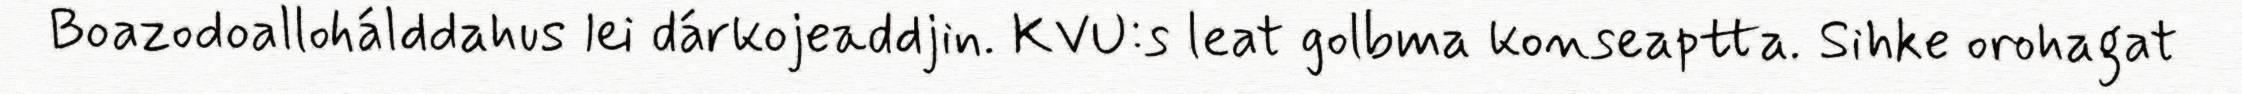
Boazodoallohálddahus lei dárkojeaddjin. KVU:s leat golbma konseaptta. Sihke orohagat